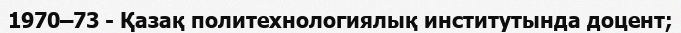
1970–73 - Қазақ политехнологиялық институтында доцент;